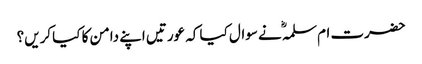
حضرت ام سلمہؓ نے سوال کیا کہ عورتیں اپنے دامن کا کیا کریں؟